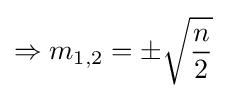
\Rightarrow m_{1,2}=\pm {\sqrt {\frac {n}{2}}}